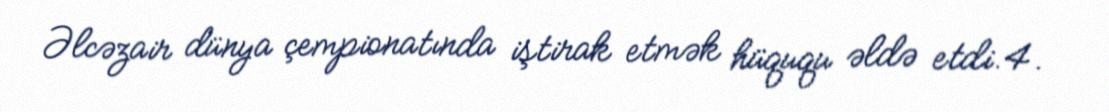
Əlcəzair dünya çempionatında iştirak etmək hüququ əldə etdi.4.